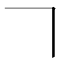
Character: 𠃍